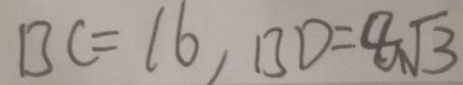
B C = 1 6 , B D = 8 \sqrt { 3 }